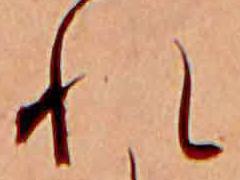
れ